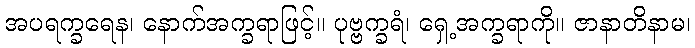
အပရက္ခရေန၊ နောက်အက္ခရာဖြင့်။ ပုဗ္ဗက္ခရံ၊ ရှေ့အက္ခရာကို။ ဇာနာတိနာမ၊